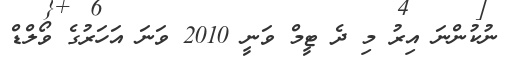
ނުކުންނަ އިރު މި ދެ ޓީމް ވަނީ 2010 ވަނަ އަހަރުގެ ވޯލްޑް